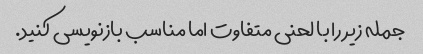
جمله زیر را با لحنی متفاوت اما مناسب بازنویسی کنید.